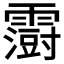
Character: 𮦵